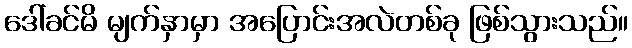
ဒေါ်ခင်မိ မျက်နှာမှာ အပြောင်းအလဲတစ်ခု ဖြစ်သွားသည်။